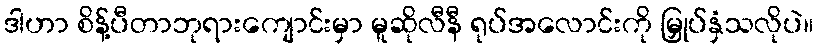
ဒါဟာ စိန့်ပီတာဘုရားကျောင်းမှာ မူဆိုလီနီ ရုပ်အလောင်းကို မြှုပ်နှံသလိုပဲ။